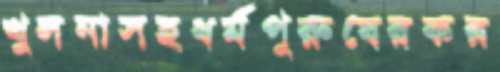
খুলনাসহধর্মপুরুষেরকর